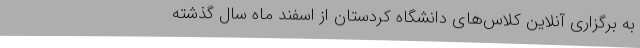
به برگزاری آنلاین کلاس‌های دانشگاه کردستان از اسفند ماه سال گذشته